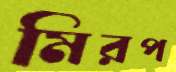
মিরপ